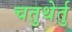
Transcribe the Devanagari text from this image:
चतुथेर्तु